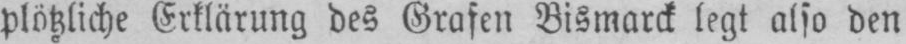
plötzliche Erklärung des Grafen Bismarck legt also den